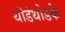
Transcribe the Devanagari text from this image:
थोडेथोडके